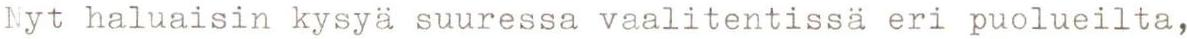
Nyt haluaisin kysyä suuressa vaalitentissä eri puolueilta,